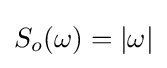
S_{o}(\omega )=|\omega |